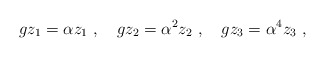
\begin{align*}gz_1=\alpha z_1~,~~~gz_2=\alpha^2 z_2~,~~~gz_3=\alpha^4 z_3~,\end{align*}